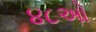
૪૮ઓ